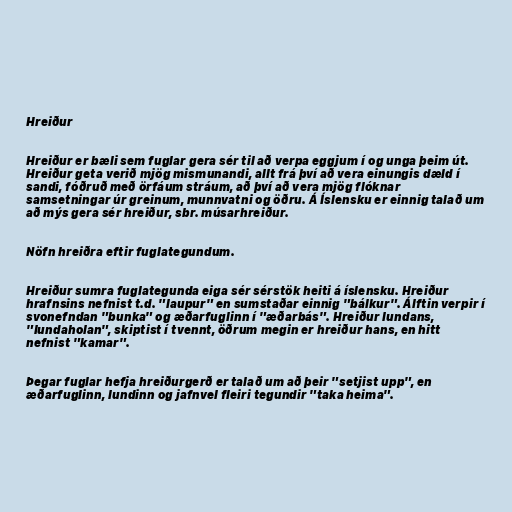
Hreiður

Hreiður er bæli sem fuglar gera sér til að verpa eggjum í og unga þeim út.
Hreiður geta verið mjög mismunandi, allt frá því að vera einungis dæld í
sandi, fóðruð með örfáum stráum, að því að vera mjög flóknar
samsetningar úr greinum, munnvatni og öðru. Á Íslensku er einnig talað um
að mýs gera sér hreiður, sbr. músarhreiður.

Nöfn hreiðra eftir fuglategundum.

Hreiður sumra fuglategunda eiga sér sérstök heiti á íslensku. Hreiður
hrafnsins nefnist t.d. "laupur" en sumstaðar einnig "bálkur". Álftin verpir í
svonefndan "bunka" og æðarfuglinn í "æðarbás". Hreiður lundans,
"lundaholan", skiptist í tvennt, öðrum megin er hreiður hans, en hitt
nefnist "kamar".

Þegar fuglar hefja hreiðurgerð er talað um að þeir "setjist upp", en
æðarfuglinn, lundinn og jafnvel fleiri tegundir "taka heima".